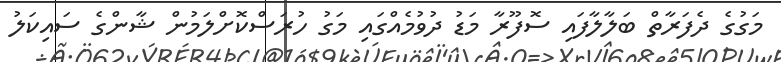
މަގުގެ ދެފަރާތް ބަލާލާފައި ސޮފޫރާ މަޑު ދުވުމެއްގައި މަގު ހުރަސްކޮށްލަމުން ޝާންގެ ސައިކަލު